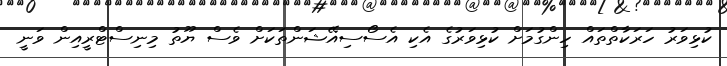
ކުޅިވަރު ހަރަކާތްތައް ހިންގުމަށް ކުޅިވަރުގެ އެކި އެސޯސިއޭޝަންތަކަށް ވެސް ޔޫތު މިނިސްޓްރީއިން ވަނީ